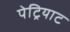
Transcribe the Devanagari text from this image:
पेट्रियाट